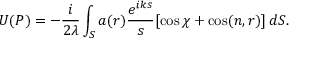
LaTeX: U ( P ) = - { \frac { i } { 2 \lambda } } \int _ { S } a ( r ) { \frac { e ^ { i k s } } { s } } [ \cos \chi + \cos ( n , r ) ] \, d S .